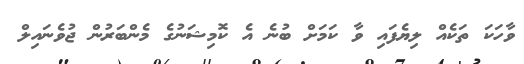
ވާހަކަ ތަކެއް ލިޔެފައި ވާ ކަމަށް ބުނެ އެ ކޮމިޝަނުގެ މެންބަރުން ޖުވެނައިލް